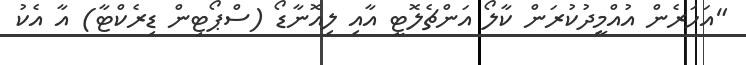
"އަހަރެން އުއްމީދުކުރަން ކާލޯ އަންޗެލޮޓީ އާއި ލިއޮނާޑޯ (ސްޕޯޓިން ޑިރެކްޓާ) އާ އެކު